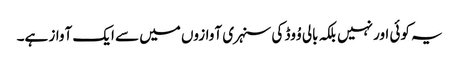
یہ کوئی اور نہیں بلکہ بالی وُوڈ کی سنہری آوازوں میں سے ایک آواز ہے۔